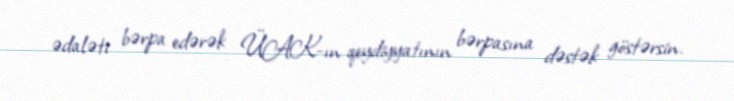
ədaləti bərpa edərək ÜAK-ın qeydiyyatının bərpasına dəstək göstərsin.